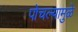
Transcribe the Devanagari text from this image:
पोचल्यामुळे